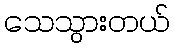
သေသွားတယ်